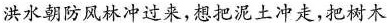
洪水朝防风林冲过来，想把泥土冲走，把树木